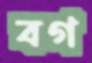
বগ